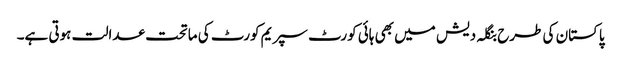
پاکستان کی طرح بنگلہ دیش میں بھی ہائی کورٹ سپریم کورٹ کی ماتحت عدالت ہوتی ہے۔